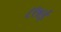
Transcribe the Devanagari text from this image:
८९४ई